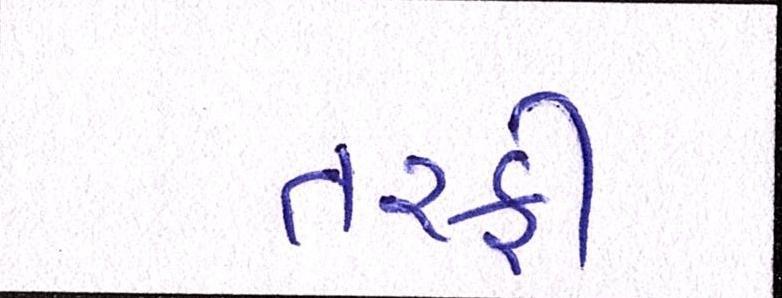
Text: તરફી